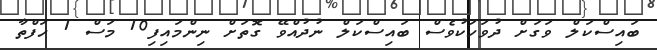
ބައިސްކަލް ވަގަށް ދުވަހަކުވެސް ބައިސްކަލް ނުދުއްވޭ ގޮތަށް ނިންމައިފި10 މަސް 1 ހަފްތާ